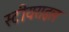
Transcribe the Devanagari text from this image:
स्टीयराइल